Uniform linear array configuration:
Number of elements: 48
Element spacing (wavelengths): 0.25
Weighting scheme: binomial
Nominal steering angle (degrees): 15
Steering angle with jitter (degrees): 16.488
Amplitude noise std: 0.05
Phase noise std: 0.05

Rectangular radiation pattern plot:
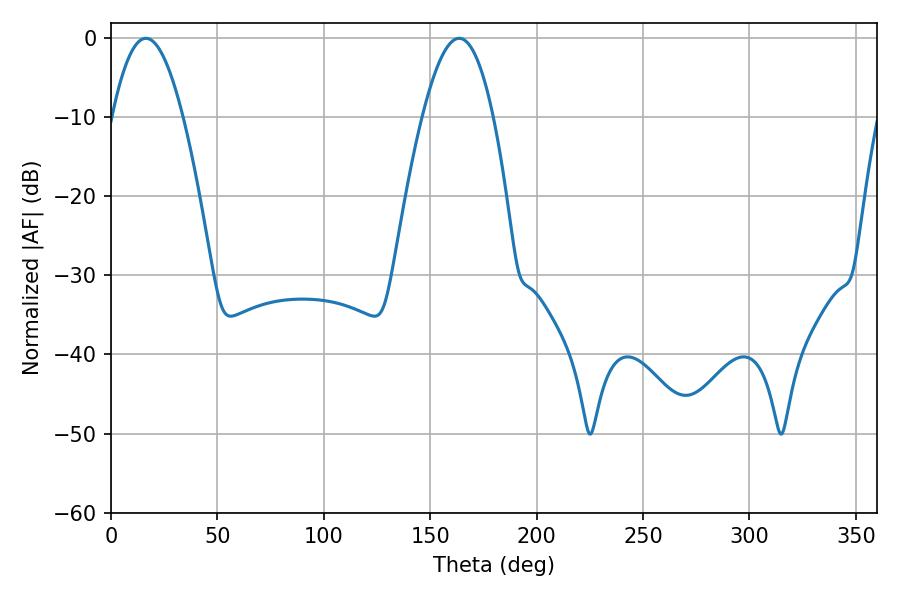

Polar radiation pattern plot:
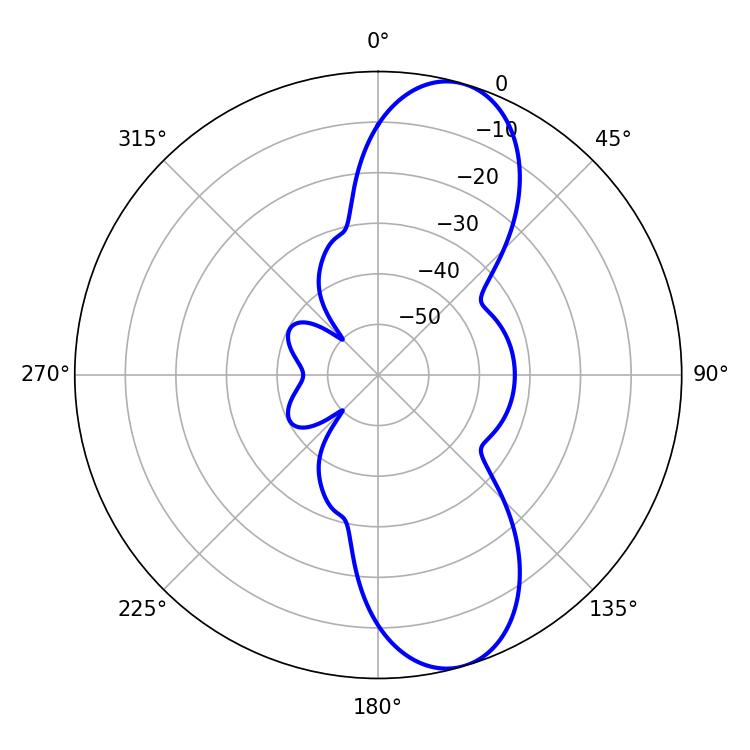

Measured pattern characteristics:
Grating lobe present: FALSE
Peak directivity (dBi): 10.077
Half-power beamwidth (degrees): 18.18
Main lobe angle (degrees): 16.38